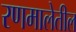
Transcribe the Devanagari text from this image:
रणमालेतील